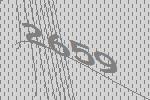
2659